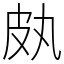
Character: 㿪